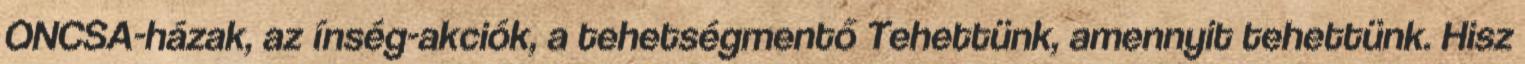
ONCSA-házak, az ínség-akciók, a tehetségmentő Tehettünk, amennyit tehettünk. Hisz